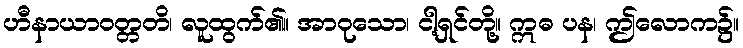
ဟီနာယာဝတ္တတိ၊ လူထွက်၏။ အာဝုသော၊ ငါ့ရှင်တို့။ ဣဓ ပန၊ ဤလောက၌။